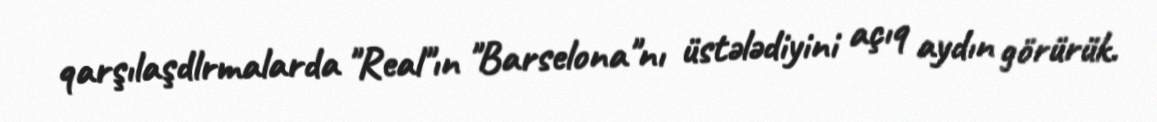
qarşılaşdlrmalarda "Real"ın "Barselona"nı üstələdiyini açıq aydın görürük.